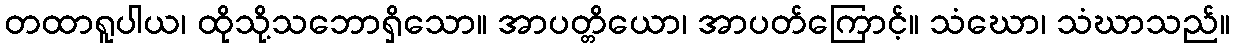
တထာရူပါယ၊ ထိုသို့သဘောရှိသော။ အာပတ္တိယော၊ အာပတ်ကြောင့်။ သံဃော၊ သံဃာသည်။